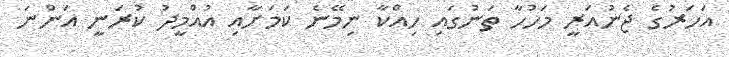
އަހަރުގެ ޖެނުއަރީ މަހުހާ ތަނުގައި ހިއްކާ ނިމޭނެ ކަމަށާއި އުއްމީދު ކުރަނީ އަންނަ